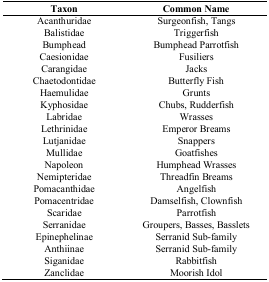
| Taxon | Common Name |
 | --- | --- |
 | Acanthuridae | Surgeonfish, Tangs |
 | Balistidae | Triggerfish |
 | Bumphead | Bumphead Parrotfish |
 | Caesionidae | Fusiliers |
 | Carangidae | Jacks |
 | Chaetodontidae | Butterfly Fish |
 | Haemulidae | Grunts |
 | Kyphosidae | Chubs, Rudderfish |
 | Labridae | Wrasses |
 | Lethrinidae | Emperor Breams |
 | Lutjanidae | Snappers |
 | Mullidae | Goatfishes |
 | Napoleon | Humphead Wrasses |
 | Nemipteridae | Threadfin Breams |
 | Pomacanthidae | Angelfish |
 | Pomacentridae | Damselfish, Clownfish |
 | Scaridae | Parrotfish |
 | Serranidae | Groupers, Basses, Basslets |
 | Epinephelinae | Serranid Sub-family |
 | Anthiinae | Serranid Sub-family |
 | Siganidae | Rabbitfish |
 | Zanclidae | Moorish Idol |